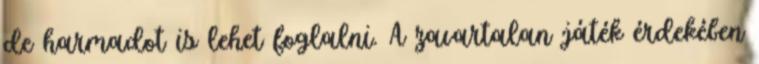
de harmadot is lehet foglalni. A zavartalan játék érdekében